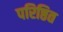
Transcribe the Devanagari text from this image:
परिष्ठित